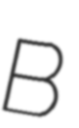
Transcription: B